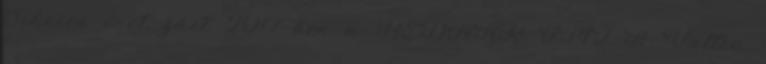
Sikeres évet zárt 2017-ben a BEDNAR FMT A Valtra